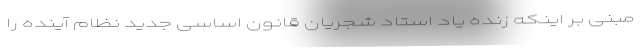
مبنی بر اینکه زنده یاد استاد شجریان قانون اساسی جدید نظام آینده را